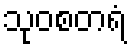
သုဝစတရံ